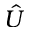
\hat { U }